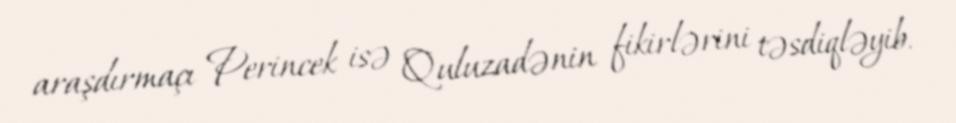
araşdırmaçı Perincek isə Quluzadənin fikirlərini təsdiqləyib.